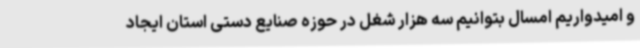
و امیدواریم امسال بتوانیم سه هزار شغل در حوزه صنایع دستی استان ایجاد